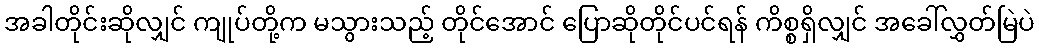
အခါတိုင်းဆိုလျှင် ကျုပ်တို့က မသွားသည့် တိုင်အောင် ပြောဆိုတိုင်ပင်ရန် ကိစ္စရှိလျှင် အခေါ်လွှတ်မြဲပဲ